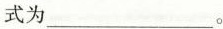
式为___。